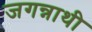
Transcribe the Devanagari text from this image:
जगन्नाथी